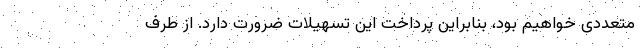
متعددی خواهیم بود، بنابراین پرداخت این تسهیلات ضرورت دارد. از طرف